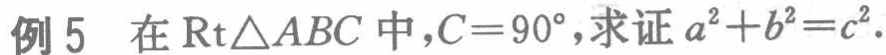
例5 在$\text{Rt}\triangle ABC$中，$C = 90^{\circ}$，求证$a^{2}+b^{2}=c^{2}$.